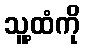
သူ့ထံကို